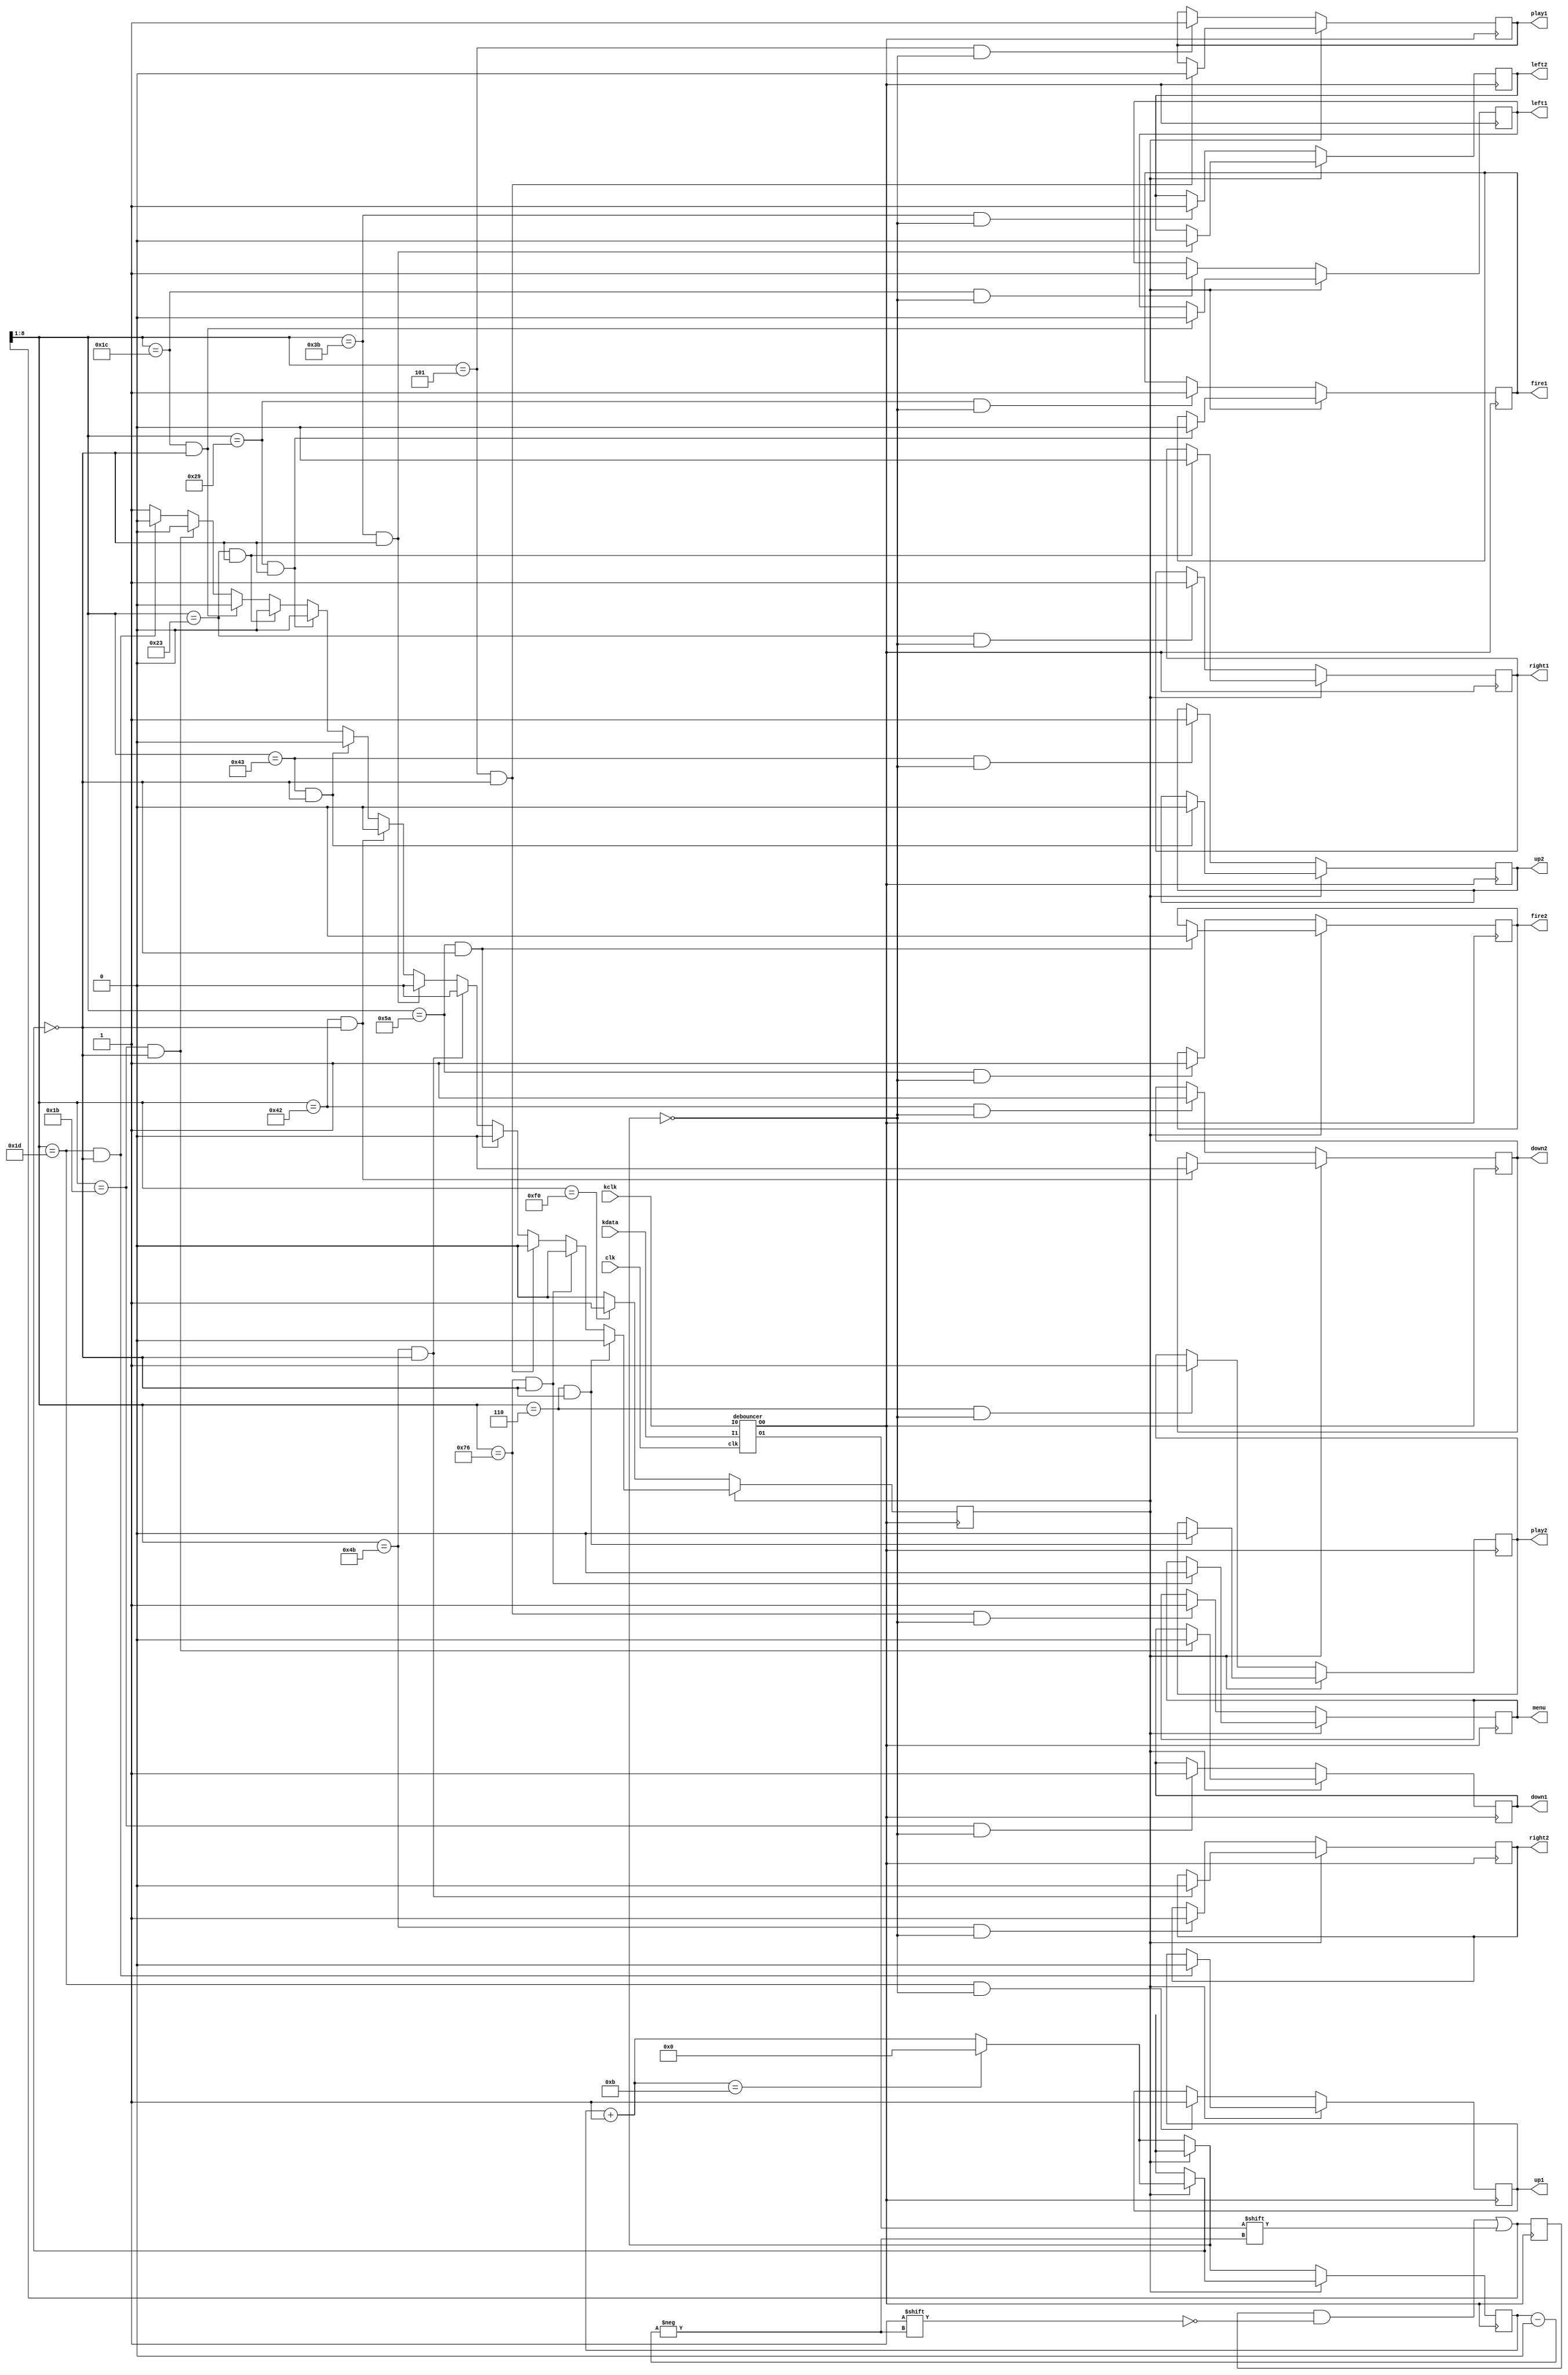
module keyboard(
    input clk,
    input kclk,
    input kdata,
    output reg menu, play1,play2,
    output reg up1, down1, left1, right1, fire1,        // Keyboard for 1st player
    output reg up2, down2, left2, right2, fire2         // Keyboard for 2nd player
    );
    
    wire kclkf, kdataf;
    reg [10:0]datacur;
    reg [7:0]dataprev;
    reg [3:0]cnt;
    reg keycode;
    //reg flag;
    reg isBreak;
    
    parameter              // Parameter keyboard button for both player 
        UP1   = 8'h1D,     // W button 
        DOWN1 = 8'h1B,     // S button
        LEFT1 = 8'h1C,     // A button
        RIGHT1= 8'h23,     // D button
        FIRE1 = 8'h29,     // Space button
        
        UP2   = 8'h43,     // I button
        DOWN2 = 8'h42,     // K button
        LEFT2 = 8'h3B,     // J button
        RIGHT2= 8'h4B,     // L button
        FIRE2 = 8'h5A,     // Enter button
        
        RESET = 8'h76,        // ESC button
        PLAY1 = 8'h05,       // F1 button
		  PLAY2 = 8'h06; //F2 button
    initial begin
        cnt<=4'b0000;
        //flag<=1'b0;
        isBreak <=1'b0;
    end
    
debouncer debounce(
    .clk(clk),
    .I0(kclk),
    .I1(kdata),
    .O0(kclkf),
    .O1(kdataf)
);
    
always@(negedge(kclkf))begin
     if(isBreak == 1'b1) begin
        datacur [cnt] = kdataf;
        cnt = cnt + 1'd1;
        if (cnt == 11) cnt = 0;
        // 1st player
        if (datacur[8:1] == UP1 && cnt == 0) begin up1 = 0; isBreak = 0; end
        if (datacur[8:1] == DOWN1 && cnt == 0) begin down1 = 0; isBreak = 0; end
        if (datacur[8:1] == LEFT1 && cnt == 0) begin left1 = 0; isBreak = 0; end
        if (datacur[8:1] == RIGHT1 && cnt == 0) begin right1 = 0; isBreak = 0; end
        if (datacur[8:1] == FIRE1 && cnt == 0) begin fire1 = 0; isBreak = 0; end
        // 2nd player
        if (datacur[8:1] == UP2 && cnt == 0) begin up2 = 0; isBreak = 0; end
        if (datacur[8:1] == DOWN2 && cnt == 0) begin down2 = 0; isBreak = 0; end
        if (datacur[8:1] == LEFT2 && cnt == 0) begin left2 = 0; isBreak = 0; end
        if (datacur[8:1] == RIGHT2 && cnt == 0) begin right2 = 0; isBreak = 0; end
        if (datacur[8:1] == FIRE2 && cnt == 0) begin fire2 = 0; isBreak = 0; end
        // Yes/No button
        if (datacur[8:1] == PLAY1 && cnt == 0) begin play1 = 0; isBreak = 0; end
        if (datacur[8:1] == RESET && cnt == 0) begin menu = 0; isBreak = 0; end
		  if (datacur[8:1] == PLAY2 && cnt == 0) begin play2 = 0; isBreak = 0; end
     end
     else begin
        datacur[cnt] = kdataf; cnt = cnt + 1'd1; if(cnt ==11) cnt = 0;
        // 1st player
        if (datacur[8:1] == UP1 && cnt == 0) up1 = 1; 
        if (datacur[8:1] == DOWN1 && cnt == 0) down1 = 1;
        if (datacur[8:1] == LEFT1 && cnt == 0) left1 = 1;
        if (datacur[8:1] == RIGHT1 && cnt == 0) right1 = 1;
        if (datacur[8:1] == FIRE1 && cnt == 0) fire1 = 1;
        // 2nd player
        if (datacur[8:1] == UP2 && cnt == 0) up2 = 1; 
        if (datacur[8:1] == DOWN2 && cnt == 0) down2 = 1;
        if (datacur[8:1] == LEFT2 && cnt == 0) left2 = 1;
        if (datacur[8:1] == RIGHT2 && cnt == 0) right2 = 1;
        if (datacur[8:1] == FIRE2 && cnt == 0) fire2 = 1;  
        // YES/NO button
        if (datacur[8:1] == PLAY1 && cnt == 0) play1 = 1; 
        if (datacur[8:1] == RESET && cnt == 0) menu = 1; 
		  if (datacur[8:1] == PLAY2 && cnt == 0) play2 = 1;
        if (datacur[8:1] == 8'hF0) isBreak = 1;
     end
end
    
    
endmodule
module debouncer(
    input clk,
    input I0,
    input I1,
    output reg O0,
    output reg O1
    );
    
    reg [4:0]cnt0, cnt1;
    reg Iv0=0,Iv1=0;
    reg out0, out1;
    
always@(posedge(clk))begin
    if (I0==Iv0)begin
        if (cnt0==19)O0<=I0;
        else cnt0<=cnt0+1'd1;
      end
    else begin
        cnt0<=5'b0;
        Iv0<=I0;
    end
    if (I1==Iv1)begin
            if (cnt1==19)O1<=I1;
            else cnt1<=cnt1+1'd1;
          end
        else begin
            cnt1<=5'b0;
            Iv1<=I1;
        end
    end
    
endmodule